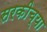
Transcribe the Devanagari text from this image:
सरकीच्या